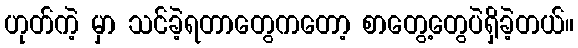
ဟုတ်ကဲ့ မှာ သင်ခဲ့ရတာတွေကတော့ စာတွေ့တွေပဲရှိခဲ့တယ်။